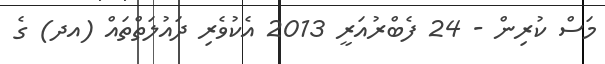
މަސް ކުރިން - 24 ފެބްރުއަރީ 2013 އެކުވެރި ދައުލަތްތައް (އދ) ގެ